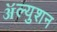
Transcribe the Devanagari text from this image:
ॲल्युशन